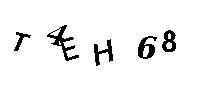
T4EH68